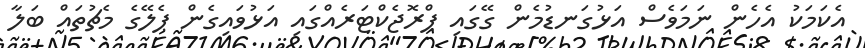
އެކަމަކު އެހެން ނަމަވެސް އަޅުގަނޑުމެން ގޭގައި ޕްރޮޖެކްޓަރެއްގައި އަޅުވައިގެން ޕެލޭގެ މެޗުތައް ބަލާ